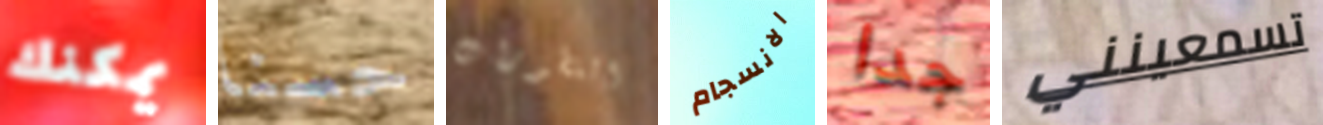
يمكنك حسنا التطورات الانسجام جدا تسمعينني